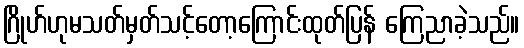
ဂြိုဟ်ဟုမသတ်မှတ်သင့်တော့ကြောင်းထုတ်ပြန် ကြေညာခဲ့သည်။